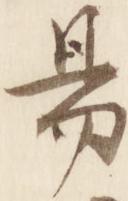
易